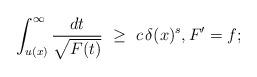
LaTeX: \begin{align*}\int_{u(x)}^\infty\frac{dt}{\sqrt{F(t)}}\ \geq\ c\,\delta(x)^s,F'=f;\end{align*}